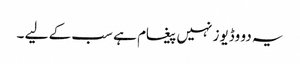
یہ دو وڈیوز نہیں پیغام ہے سب کے لیے ۔